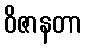
ဝိဇာနတာ